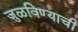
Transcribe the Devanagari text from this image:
जुळविण्याची